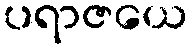
ပရာဇယေ